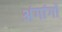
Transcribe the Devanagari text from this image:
अंगांगों